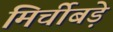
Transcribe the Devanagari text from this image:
मिर्चीबड़े